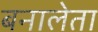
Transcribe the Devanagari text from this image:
बनालेता